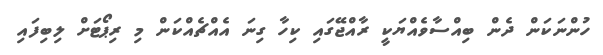
ހުންނަކަން ދެން ބިއްސާވެއްޔަކީ ރާއްޖޭގައި ކިހާ ގިނަ އެއްޗެއްކަން މި ރިޕޯޓަށް ލިބިފައި